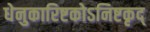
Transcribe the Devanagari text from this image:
धेनुकारिष्टकोऽनिष्टकृद्